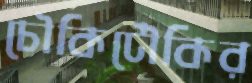
চৌকিটৌকির